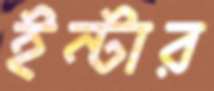
ইন্টার